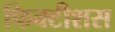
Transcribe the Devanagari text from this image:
फिक्टीशस